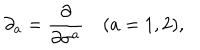
LaTeX: \partial _ { a } = { \frac { \partial } { \partial \sigma ^ { a } } } \quad ( a = 1 , 2 ) ,